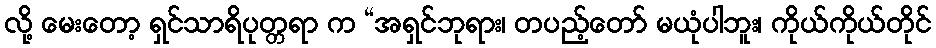
လို့ မေးတော့ ရှင်သာရိပုတ္တရာ က “အရှင်ဘုရား၊ တပည့်တော် မယုံပါဘူး၊ ကိုယ်ကိုယ်တိုင်